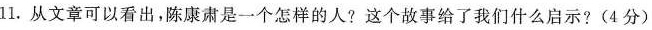
11。从文章可以看出，陈康肃是一个怎样的人?这个故事给了我们什么启示?(4分)